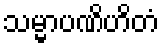
သမ္မာပဏိဟိတံ